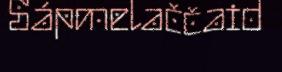
Sápmelaččaid